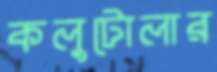
কলুটোলার